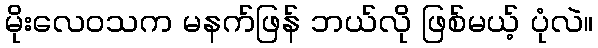
မိုးလေဝသက မနက်ဖြန် ဘယ်လို ဖြစ်မယ့် ပုံလဲ။